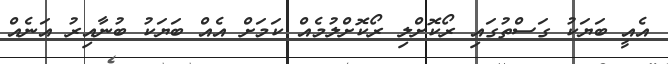
އެއީ ބަޔަކު ގަސްތުގައި ރޯކޮށްލި ރޯކޮށްލުމެއް ކަމަށް އެއް ބަޔަކު ބުނާއިރު އަނެއް